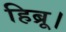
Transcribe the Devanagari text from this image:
हिब्रू।